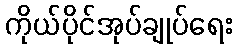
ကိုယ်ပိုင်အုပ်ချုပ်ရေး